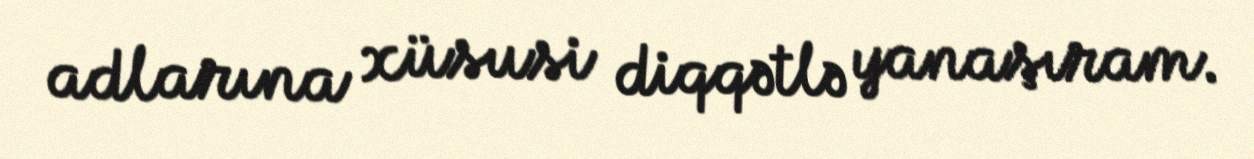
adlarına xüsusi diqqətlə yanaşıram.